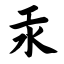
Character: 汞